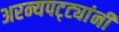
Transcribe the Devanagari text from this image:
अरन्यपट्ट्यांनी